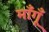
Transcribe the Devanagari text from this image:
माँगूँ